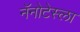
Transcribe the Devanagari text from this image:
नॅनोटेस्ला